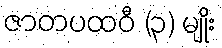
ဇာတပထဝီ (၃) မျိုး